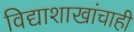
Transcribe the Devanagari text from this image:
विद्याशाखांचाही